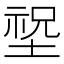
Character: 𡎺